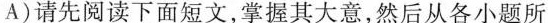
A)请先阅读下面短文,掌握其大意,然后从各小题所